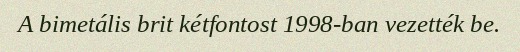
A bimetális brit kétfontost 1998-ban vezették be.